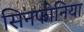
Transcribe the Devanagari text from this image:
सिनफोनिया